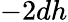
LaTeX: -2dh